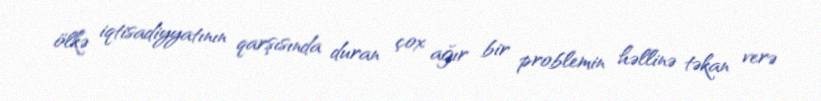
ölkə iqtisadiyyatının qarşısında duran çox ağır bir problemin həllinə təkan verə